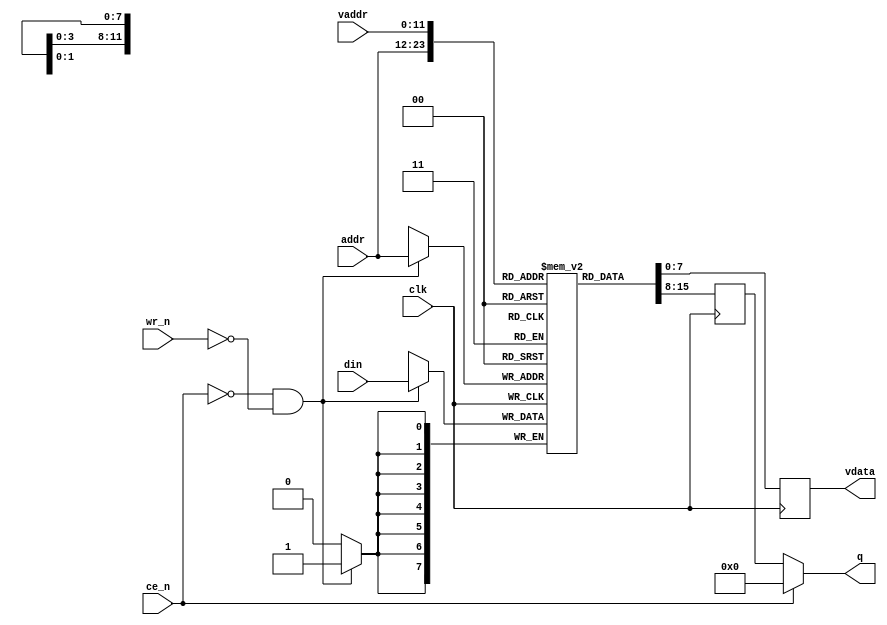

module dpram
#(
  parameter addr_width=12,
  parameter data_width=8
)
(
  input clk,
  input [addr_width-1:0] addr,
  input [data_width-1:0] din,
  output [data_width-1:0] q,
  input wr_n,
  input ce_n,
  input [addr_width-1:0] vaddr,
  output reg [data_width-1:0] vdata
);

reg [data_width-1:0] data;
reg [data_width-1:0] mem[(1<<addr_width)-1:0];

assign q = ~ce_n ? data : 0;

always @(posedge clk) begin
  data <= mem[addr];
  if (~ce_n & ~wr_n) mem[addr] <= din;
end

always @(posedge clk)
  vdata <= mem[vaddr];

endmodule